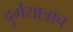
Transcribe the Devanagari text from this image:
दुर्गयात्राच